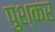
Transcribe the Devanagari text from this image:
पुश्कर